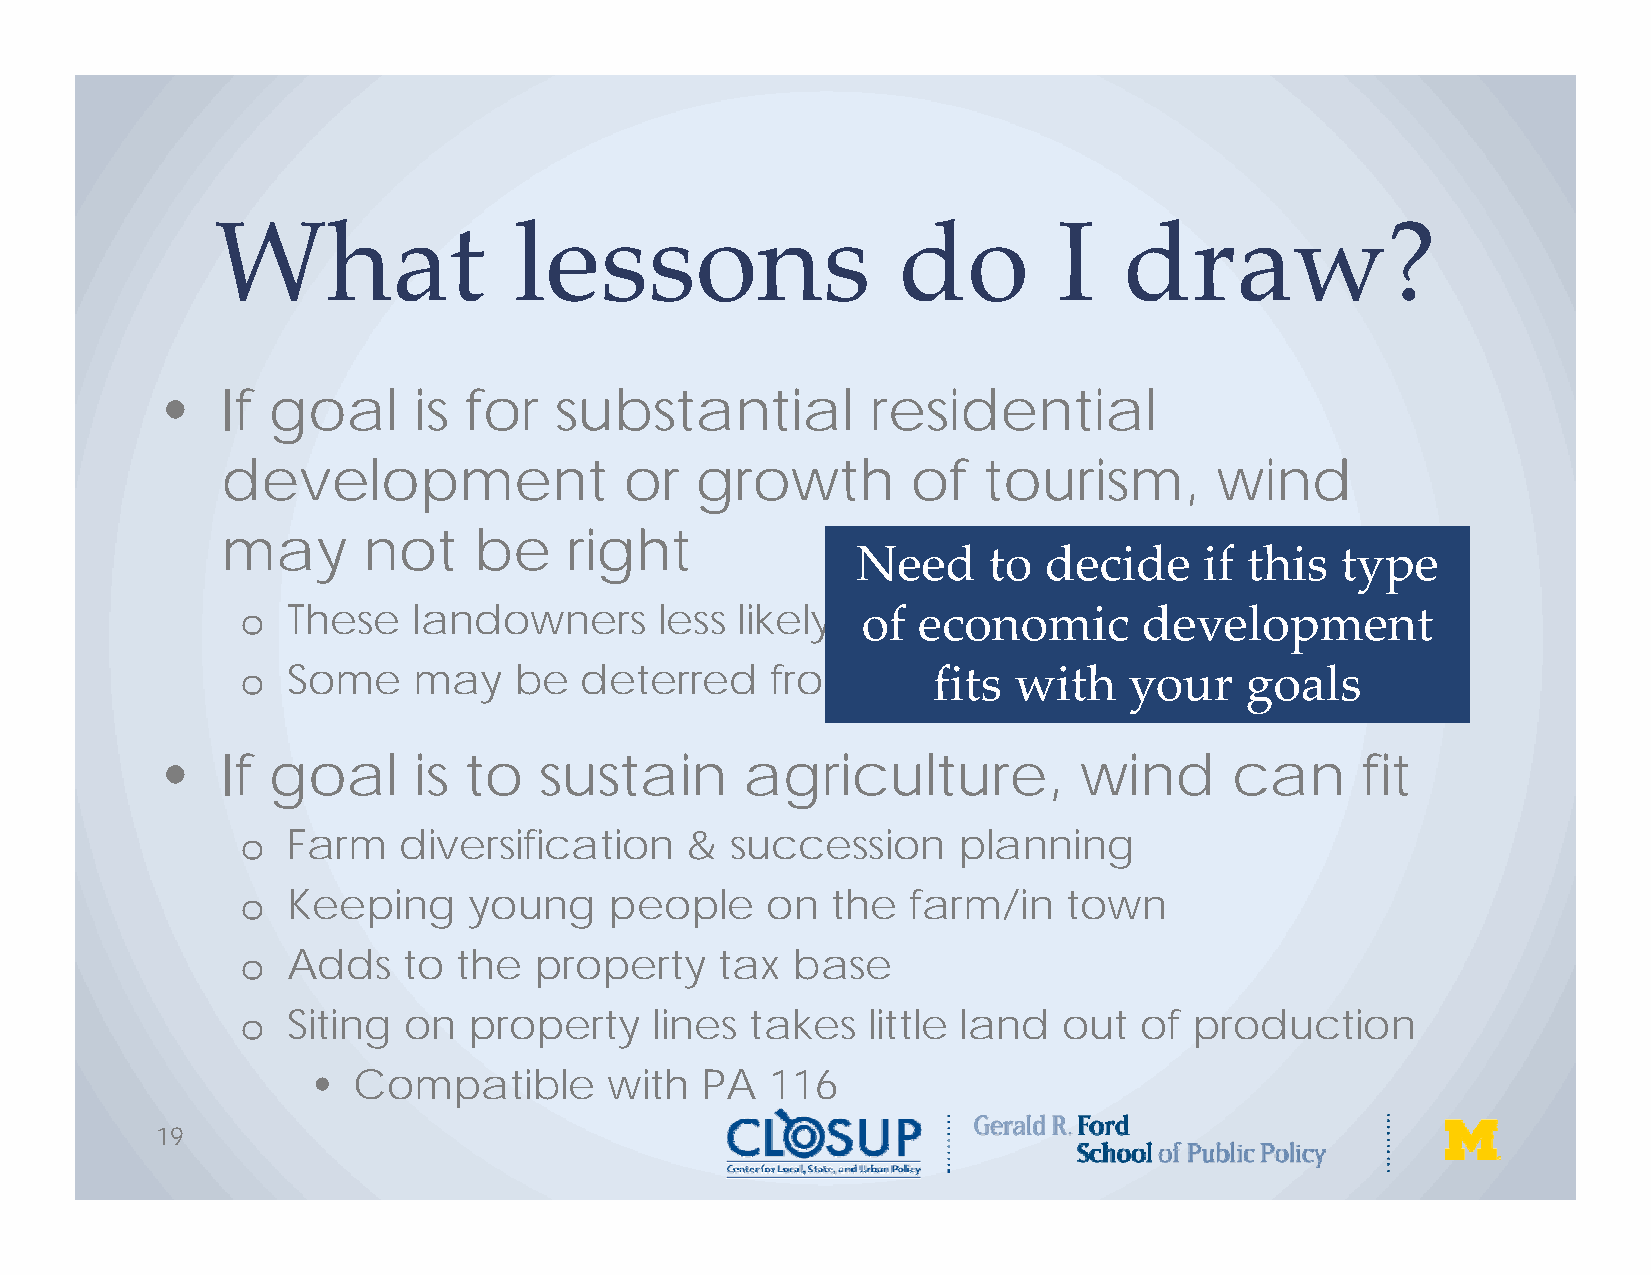
What                lessons                  do         I   draw?
 •   If goal     is  for   substantial          residential
 development               or   growth        of   tourism,       wind
 may      not    be     right
 Need    to  decide     if this  type
 o  These   landowners       less likely too fd eirceocntloymbeicn edfeitvelopment
 o  Some    may    be  deterred     from   buiflditisn gwith your  goals
 •   If goal     is  to   sustain      agriculture,          wind       can     fit
 o  Farm   diversification    &  succession     planning
 o  Keeping     young    people     on  the  farm/in    town
 o  Adds    to the  property     tax base
 o  Siting  on  property    lines  takes  little land  out  of  production
 • Compatible       with  PA   116
 19